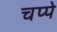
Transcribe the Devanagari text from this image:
चप्पे